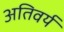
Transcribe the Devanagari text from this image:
अतिवर्य